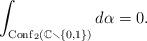
LaTeX: \begin{align*}\int_{\mathrm{Conf}_2(\mathbb C\smallsetminus\{0,1\})}d\alpha=0.\end{align*}